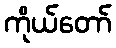
ကိုယ်တော်